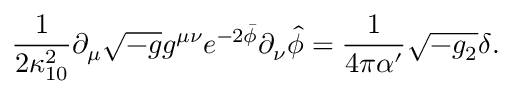
\frac { 1 } { 2 \kappa _ { 1 0 } ^ { 2 } } \partial _ { \mu } \sqrt { - g } g ^ { \mu \nu } e ^ { - 2 \bar { \phi } } \partial _ { \nu } \widehat { \phi } = \frac { 1 } { 4 \pi \alpha ^ { \prime } } \sqrt { - g _ { 2 } } \delta .